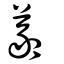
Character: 羲